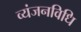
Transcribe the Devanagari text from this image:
व्यंजनविधि